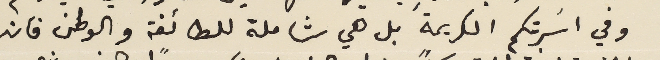
وفي اسَرتكم الكريمة بل هي شاملة للطائفة والوطن فان